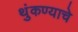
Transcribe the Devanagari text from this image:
थुंकण्याचे